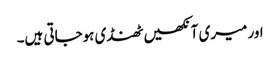
اور میری آنکھیں ٹھنڈی ہوجاتی ہیں۔